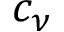
c _ { \nu }